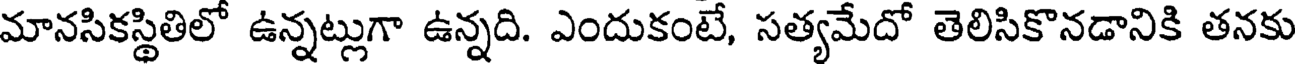
మానసికస్థితిలో ఉన్నట్లుగా ఉన్నది. ఎందుకంటే, సత్యమేదో తెలిసికొనడానికి తనకు